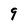
Character: 9